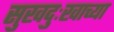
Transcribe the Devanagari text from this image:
सुखदुःखाच्या